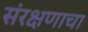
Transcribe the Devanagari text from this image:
संरक्षणाचा